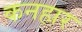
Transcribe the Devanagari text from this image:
कनहार